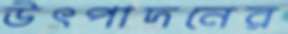
উৎপাদনের